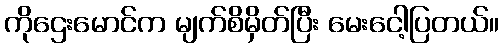
ကိုဌေးမောင်က မျက်စိမှိတ်ပြီး မေးငေါ့ပြတယ်။